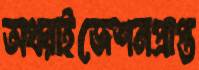
অথরাইজেশনপ্রাপ্ত